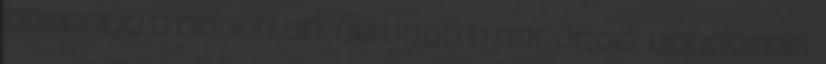
párszor a fejem az ’Az lesz a győztes’ hallatán,